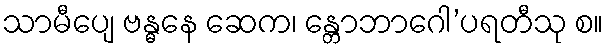
သာမီပျေ ဗန္ဓနေ ဆေက၊ န္တောဘာဂေါ’ပရတီသု စ။